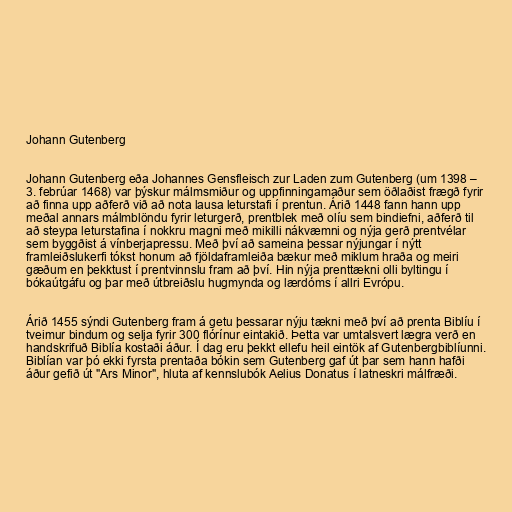
Johann Gutenberg

Johann Gutenberg eða Johannes Gensfleisch zur Laden zum Gutenberg (um 1398 –
3. febrúar 1468) var þýskur málmsmiður og uppfinningamaður sem öðlaðist frægð fyrir
að finna upp aðferð við að nota lausa leturstafi í prentun. Árið 1448 fann hann upp
meðal annars málmblöndu fyrir leturgerð, prentblek með olíu sem bindiefni, aðferð til
að steypa leturstafina í nokkru magni með mikilli nákvæmni og nýja gerð prentvélar
sem byggðist á vínberjapressu. Með því að sameina þessar nýjungar í nýtt
framleiðslukerfi tókst honum að fjöldaframleiða bækur með miklum hraða og meiri
gæðum en þekktust í prentvinnslu fram að því. Hin nýja prenttækni olli byltingu í
bókaútgáfu og þar með útbreiðslu hugmynda og lærdóms í allri Evrópu.

Árið 1455 sýndi Gutenberg fram á getu þessarar nýju tækni með því að prenta Biblíu í
tveimur bindum og selja fyrir 300 flórínur eintakið. Þetta var umtalsvert lægra verð en
handskrifuð Biblía kostaði áður. Í dag eru þekkt ellefu heil eintök af Gutenbergbiblíunni.
Biblían var þó ekki fyrsta prentaða bókin sem Gutenberg gaf út þar sem hann hafði
áður gefið út "Ars Minor", hluta af kennslubók Aelius Donatus í latneskri málfræði.